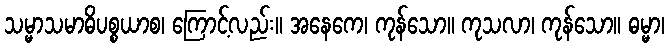
သမ္မာသမာဓိပစ္စယာစ၊ ကြောင့်လည်း။ အနေကေ၊ ကုန်သော။ ကုသလာ၊ ကုန်သော။ ဓမ္မာ၊